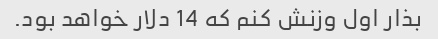
بذار اول وزنش کنم که 14 دلار خواهد بود.